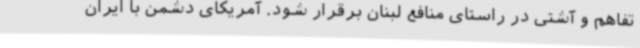
تفاهم و آشتی در راستای منافع لبنان برقرار شود. آمریکای دشمن با ایران